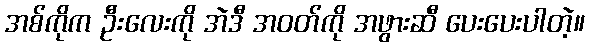
အစ်ကိုက ဦးလေးကို အဲဒီ အဝတ်ကို အဖွားဆီ ပေးပေးပါတဲ့။